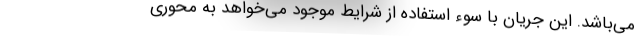
می‌باشد. این جریان با سوء استفاده از شرایط موجود می‌خواهد به محوری